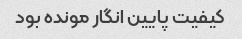
کیفیت پایین انگار مونده بود